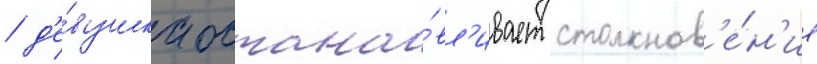
/ д'е́вушка остана́вл'ивает столкнов'е́н'ие